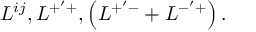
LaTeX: L ^ { i j } , L ^ { + ^ { \prime } + } , \left( L ^ { + ^ { \prime } - } + L ^ { - ^ { \prime } + } \right) .